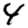
Digit: 4